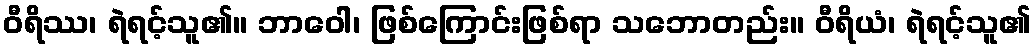
ဝီရိဿ၊ ရဲရင့်သူ၏။ ဘာဝေါ၊ ဖြစ်ကြောင်းဖြစ်ရာ သဘောတည်း။ ဝီရိယံ၊ ရဲရင့်သူ၏